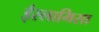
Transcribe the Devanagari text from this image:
ईस्लामिसा